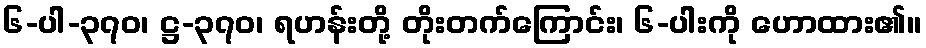
၆-ပါ-၃၇၀၊ ဋ္ဌ-၃၇၀၊ ရဟန်းတို့ တိုးတက်ကြောင်း၊ ၆-ပါးကို ဟောထား၏။